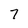
Character: 7